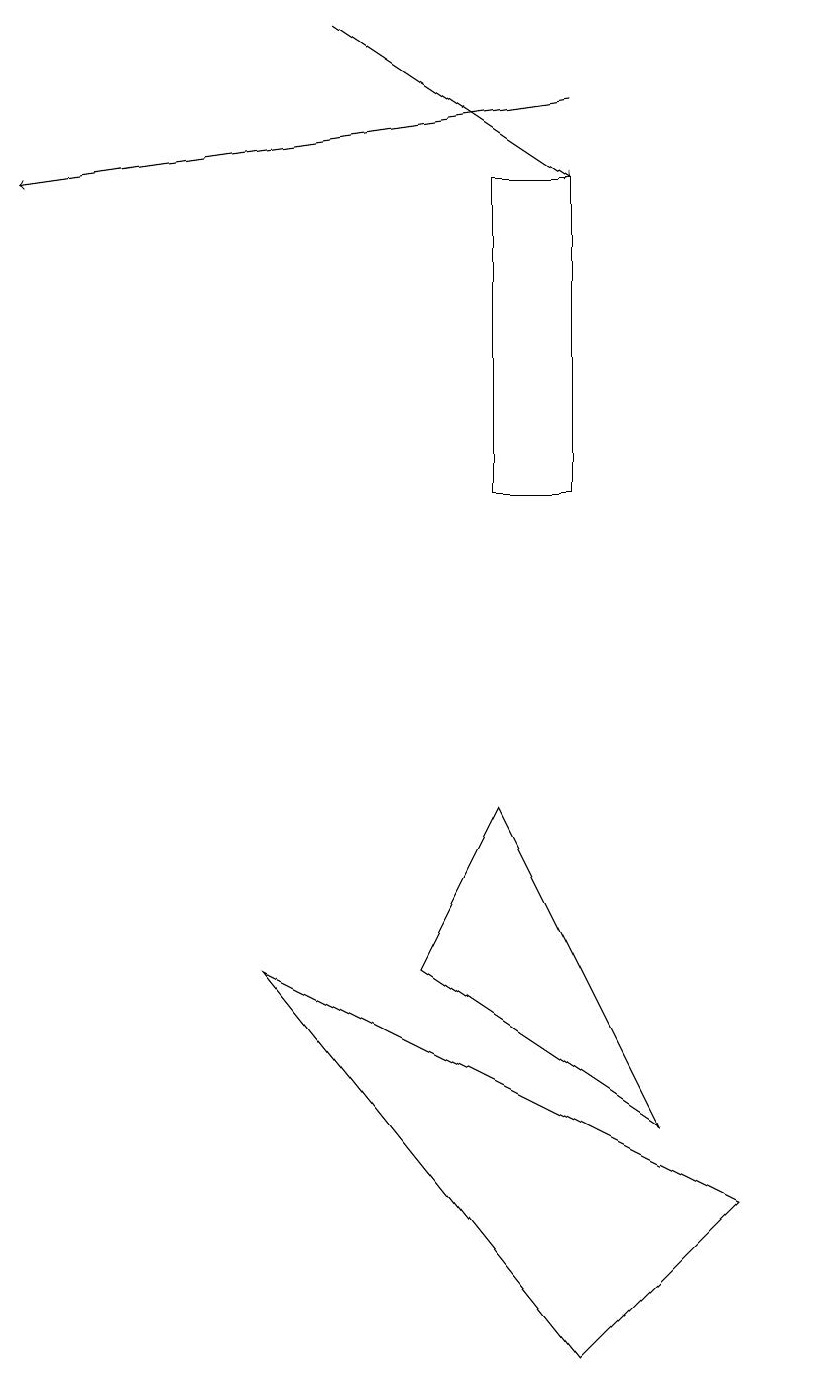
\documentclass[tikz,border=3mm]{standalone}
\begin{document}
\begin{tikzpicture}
\draw (8,4) -- (6,8) -- (5,6) -- cycle;
\draw[->] (7,17) -- (0,16);
\draw[->] (4,18) -- (7,16);
\draw (6,12) rectangle (7,16);
\draw (3,6) -- (7,1) -- (9,3) -- cycle;
\draw (10,11) circle (0);
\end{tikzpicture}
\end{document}